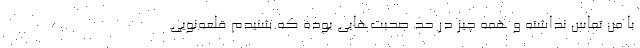
با من تماس نداشته و همه چیز در حد صحبت‌هایی بوده که شنیدم قلعه‌نویی